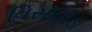
વિસાવાડા